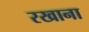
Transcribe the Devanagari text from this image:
रखाना